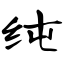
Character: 纯